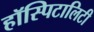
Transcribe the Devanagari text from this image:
हॉस्पिटालिटी